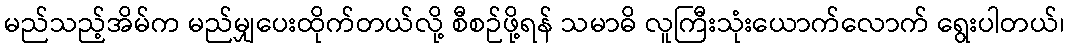
မည်သည့်အိမ်က မည်မျှပေးထိုက်တယ်လို့ စီစဉ်ဖို့ရန် သမာဓိ လူကြီးသုံးယောက်လောက် ရွေးပါတယ်၊